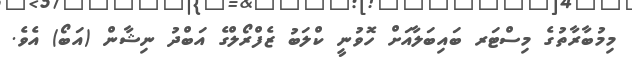
މިމުބާރާތުގެ މިސްޓަރ ބައިބަލާއަށް ހޮވުނީ ކްލަބު ޒެފްރޯލްގެ އަބްދު ނިޝާން (އަބޯ) އެވެ.